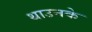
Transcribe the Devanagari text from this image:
थाउनके